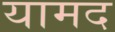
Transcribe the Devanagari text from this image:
यामद